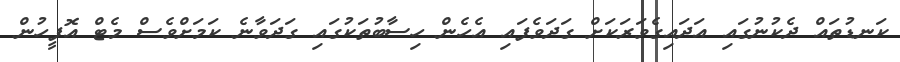
ކަނޑުތައް ދެކުނުގައި އަދައިގެވަރަކަށް ގަދަވެފައި އެހެން ހިސާބުތަކުގައި ގަދަވާނެ ކަމަށްވެސް މެޓް އޮފީހުން